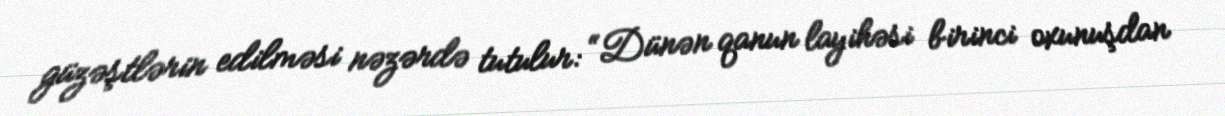
güzəştlərin edilməsi nəzərdə tutulur: “Dünən qanun layihəsi birinci oxunuşdan